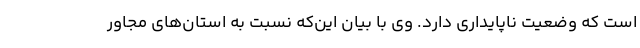
است که وضعیت ناپایداری دارد. وی با بیان این‌که نسبت به استان‌های مجاور